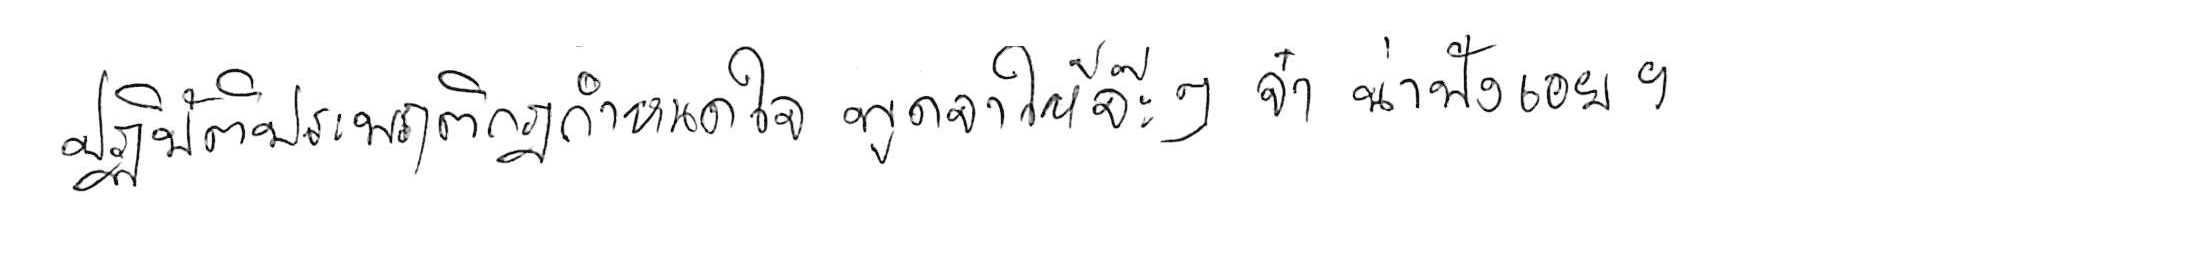
ปฏิบัติประพฤติกฎกำหนดใจ พูดจาให้จ๊ะๆ จ๋า น่าฟังเอยฯ